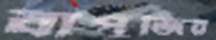
বাপুজির